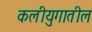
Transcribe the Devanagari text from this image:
कलीयुगातील